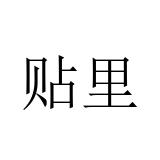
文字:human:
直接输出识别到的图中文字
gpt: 贴里